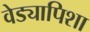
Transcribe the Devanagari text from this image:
वेड्यापिशा